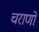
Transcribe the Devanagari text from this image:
चराणों